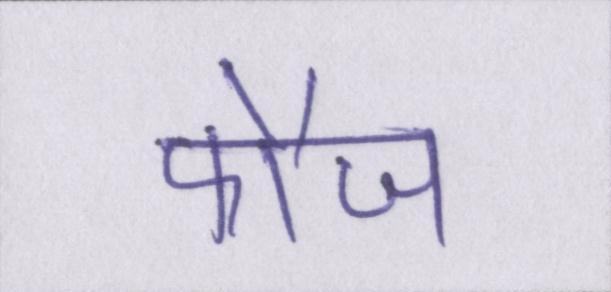
फौज